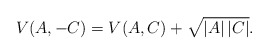
\begin{align*} V(A,-C) = V(A,C)+\sqrt{|A|\,|C|}.\end{align*}